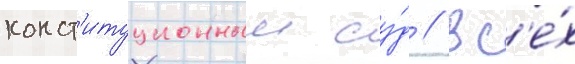
конст'итуционныи су́д // Вс'е́х